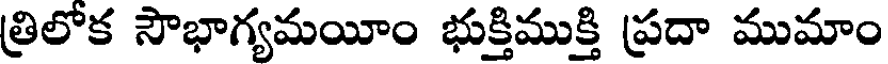
త్రిలోక సౌభాగ్యమయీం భుక్తిముక్తి ప్రదా ముమాం